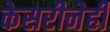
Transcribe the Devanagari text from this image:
केसरीनेही